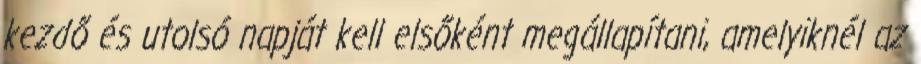
kezdő és utolsó napját kell elsőként megállapítani, amelyiknél az